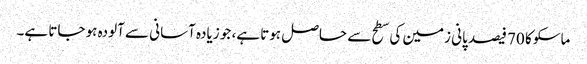
ماسکو کا 70 فیصد پانی زمین کی سطح سے حاصل ہوتا ہے، جو زیادہ آسانی سے آلودہ ہو جاتا ہے۔